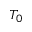
T _ { 0 }